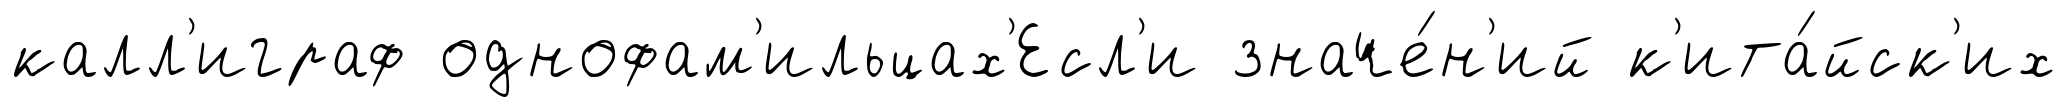
калл'играф однофам'ильцах'Есл'и значе́н'ий к'ита́йск'их